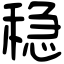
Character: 稳